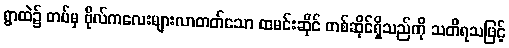
ရွာထဲ၌ တပ်မှ ဗိုလ်ကလေးများလာတတ်သော ထမင်းဆိုင် တစ်ဆိုင်ရှိသည်ကို သတိရသဖြင့်